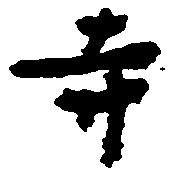
寺